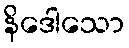
နိဒေါသော